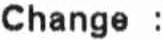
CHANGE :